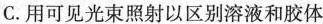
C.用可见光束照射以区别溶液和胶体